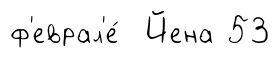
ф'еврал'е́ Йена 53